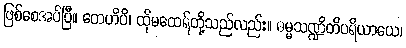
ဖြစ်စေအပ်ပြီ။ တေဟိပိ၊ ထိုမထေရ်တို့သည်လည်း။ ဓမ္မသဏ္ဍိတိပရိယာယေ၊